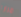
مرارا